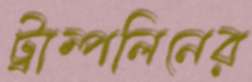
ট্রাম্পলিনের